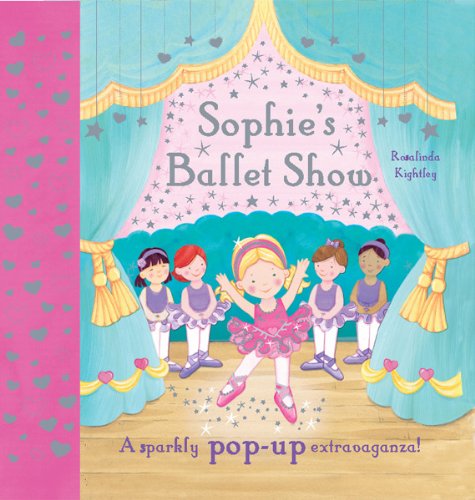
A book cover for Sophie's Ballet Show: A Sparkly Pop-up Extravaganza!; Rosalinda Kightley; Children's Books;